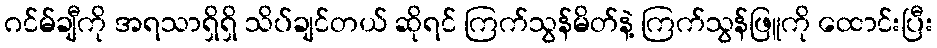
ဂင်မ်ချီကို အရသာရှိရှိ သိပ်ချင်တယ် ဆိုရင် ကြက်သွန်မိတ်နဲ့ ကြက်သွန်ဖြူကို ထောင်းပြီး